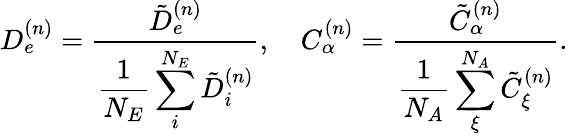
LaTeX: D_{e}^{(n)}=\frac{\tilde{D}_{e}^{(n)}}{\displaystyle\frac{1}{N_{E}}\sum_{i}^{N_{E}}\tilde{D}_{i}^{(n)}},\quad C_{\alpha}^{(n)}=\frac{\displaystyle\tilde{C}_{\alpha}^{(n)}}{\displaystyle\frac{1}{N_{A}}\sum_{\xi}^{N_{A}}\tilde{C}_{\xi}^{(n)}}.